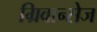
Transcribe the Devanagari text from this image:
ग्रिवान्सेज